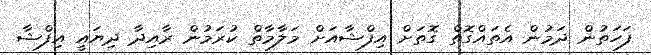
ފަހަތުން ދަމުން އެތައްގޮތް ގޮތަށް އިފްޝާއަށް މަލާމާތް ކުރަމުން ރާއިދާ ދިޔައީ އިފްޝާ